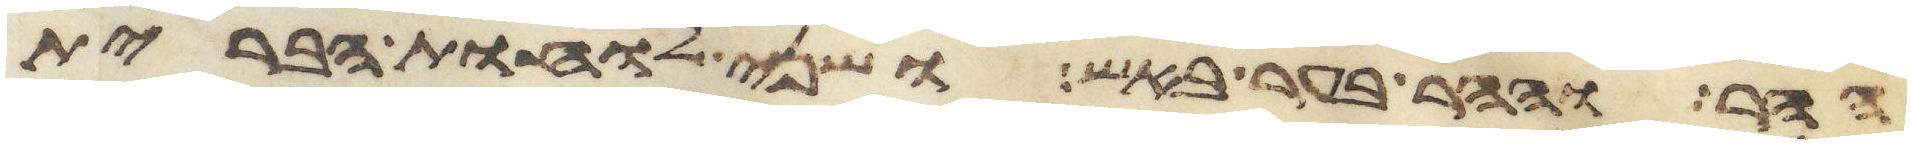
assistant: ההר וההר בער באש ושני לוחת הברית